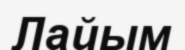
Лайым